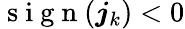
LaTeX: \mathrm{~s~i~g~n~}(\boldsymbol{j}_{k})<0